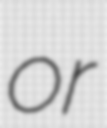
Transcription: or